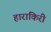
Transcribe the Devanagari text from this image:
हाराकिरी